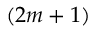
( 2 m + 1 )